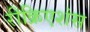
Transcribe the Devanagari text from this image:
रीक्रिएशंस